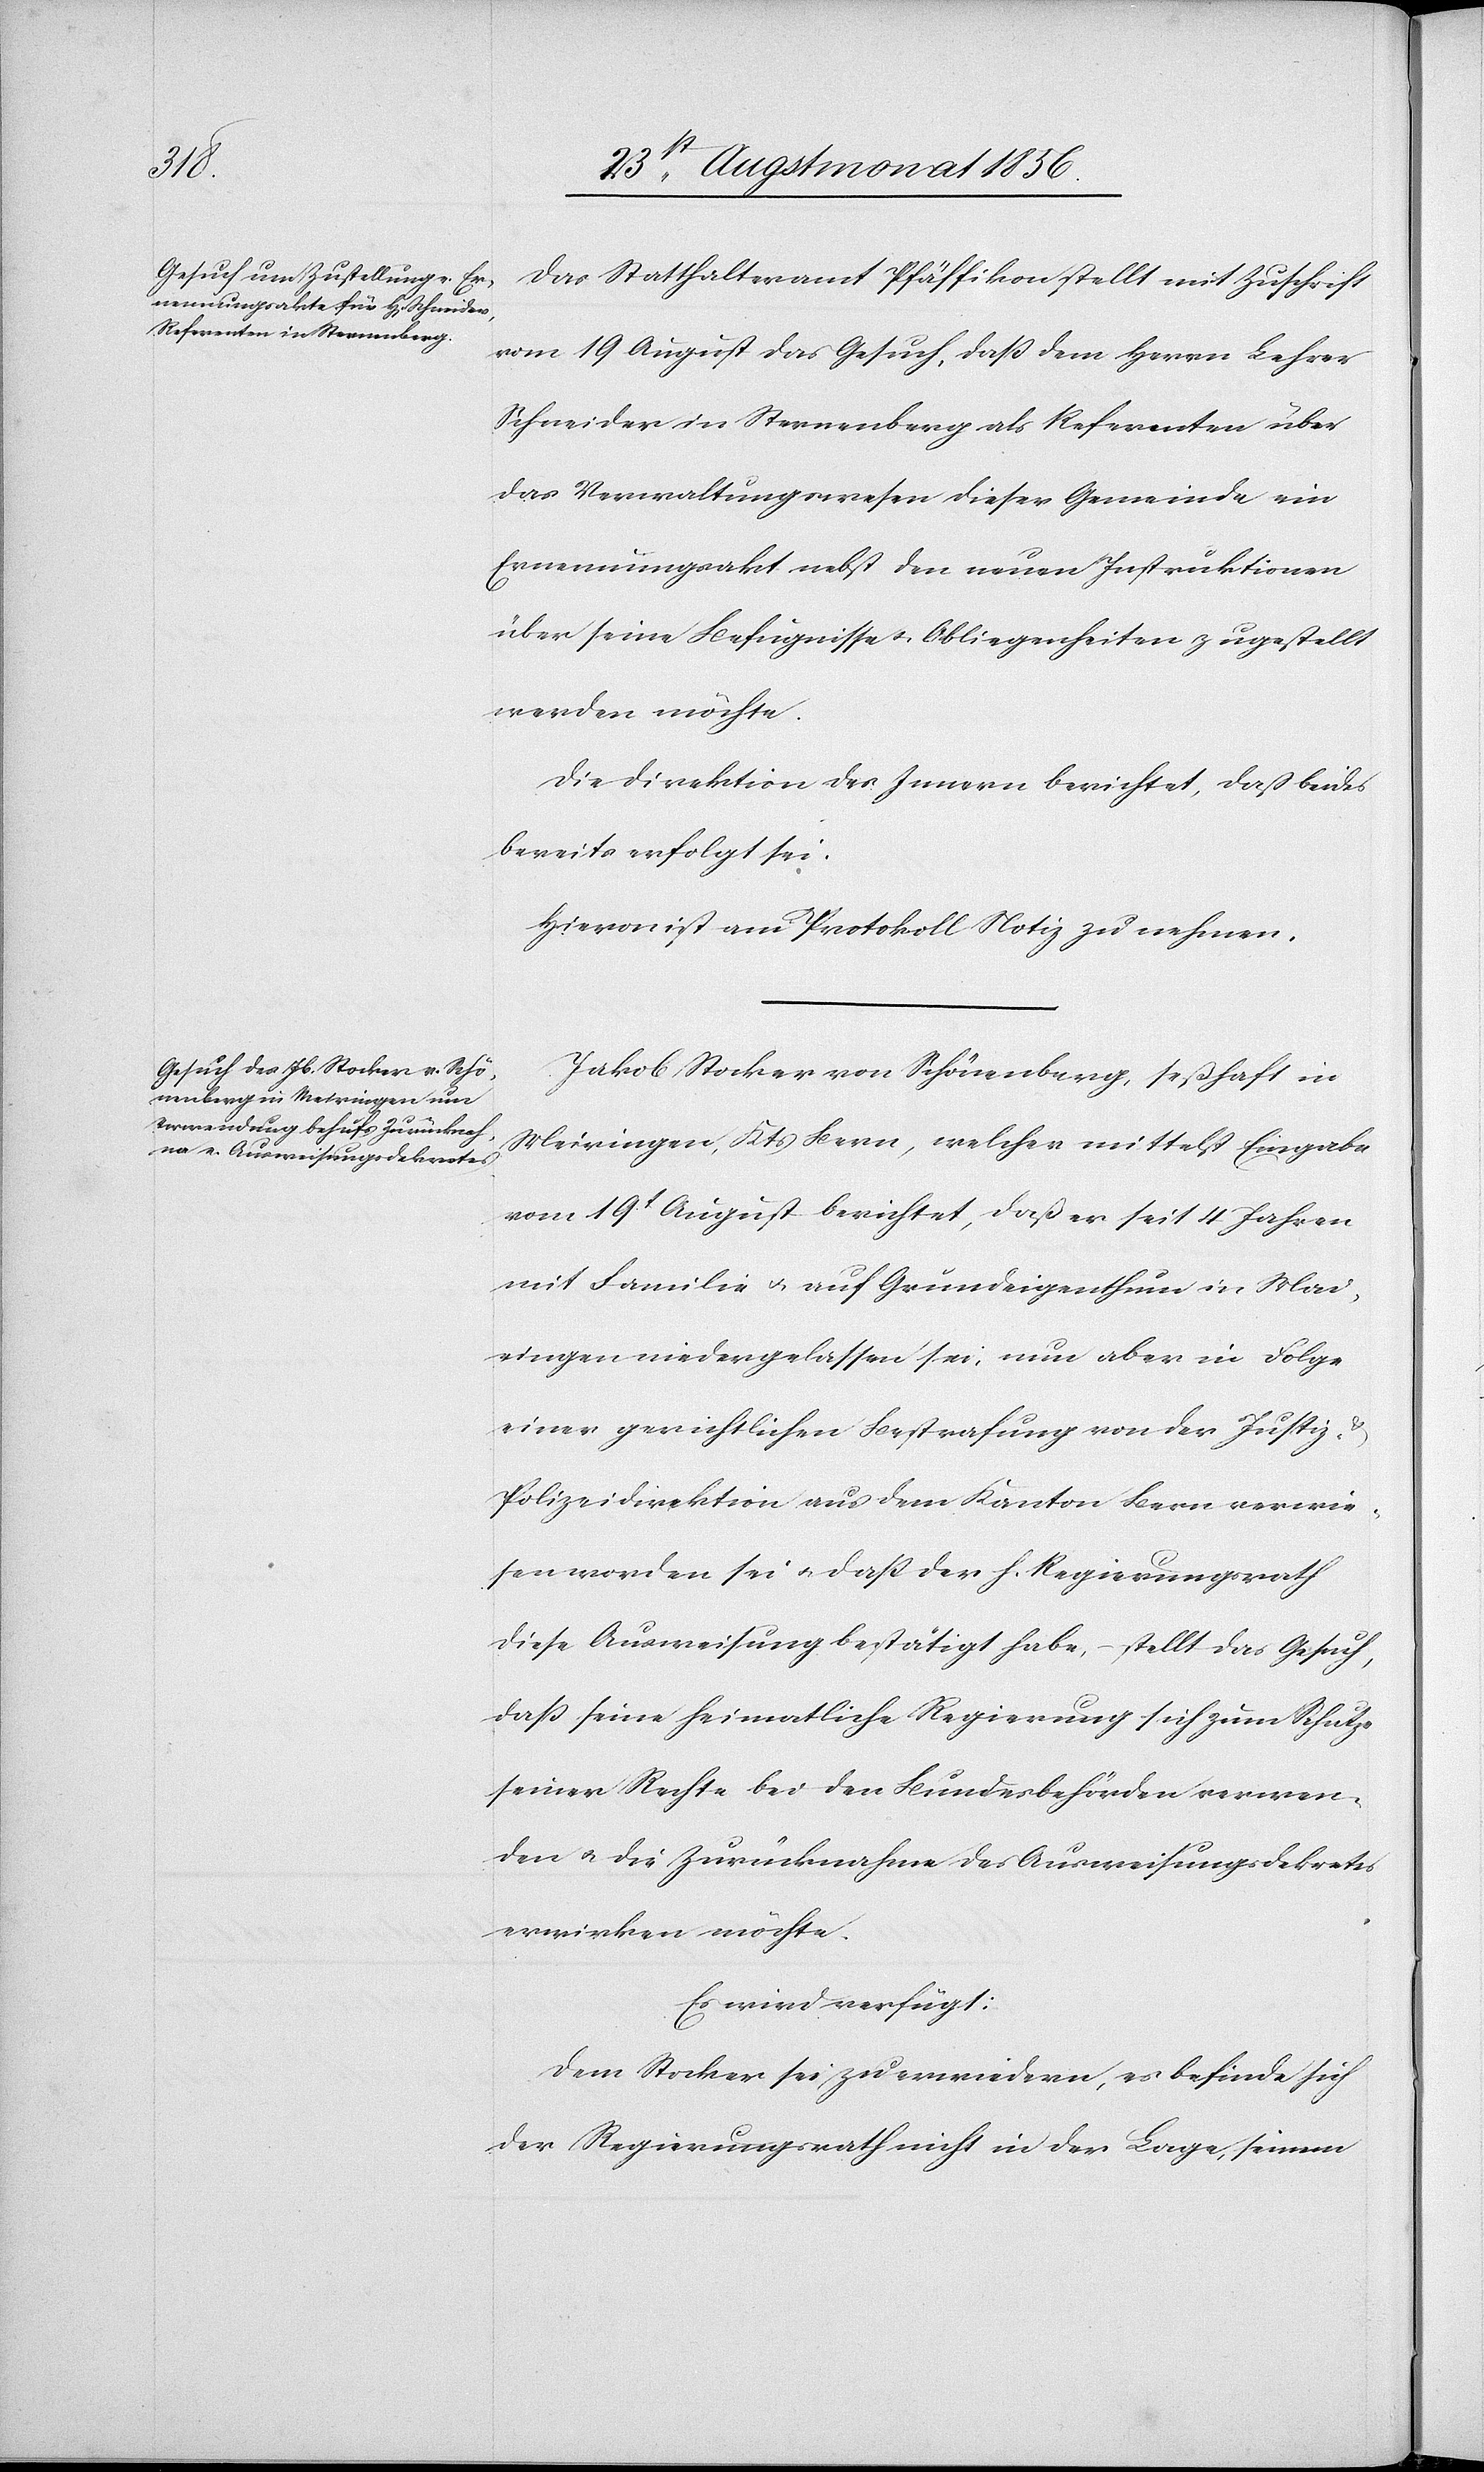
Das Statthalteramt Pfäffikon stellt mit Zuschrift
vom 19 August das Gesuch, dass dem Herrn Lehrer
Schneider in Sternenberg als Referenten über
das Verwaltungswesen dieser Gemeinde ein
Ernennungsakt nebst den neuen Instruktionen
über seine Befugnisse u. Obliegenheiten zugestellt
werden möchte.
Die Direktion des Innern berichtet, daß beides
bereits erfolgt sei.
Hievon ist am Protokoll Notiz zu nehmen.
Jakob Stocker von Schönenberg, seßhaft in
Meiringen, Kts Bern, welcher mittelst Eingabe
vom 19t August berichtet, daß er seit 4 Jahren
mit Familie u. auf Grundeigenthum in Mai¬
ringen [sic!] niedergelassen sei, nun aber in Folge
einer gerichtlichen Bestrafung von der Justiz- &
Polizeidirektion aus dem Kanton Bern verwie¬
sen worden sei u. dass der h. Regierungsrath
diese Ausweisung bestätigt habe, – stellt das Gesuch,
dass seine heimatliche Regierung sich zum Schutze
seiner Rechte bei den Bundesbehörden verwen¬
den u. die Zurücknahme des Ausweisungsdekretes
erwirken möchte.
Es wird verfügt:
Dem Stocker sei zu erwiedern, es befinde sich
der Regierungsrath nicht in der Lage, seinem